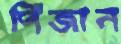
পিঁজান